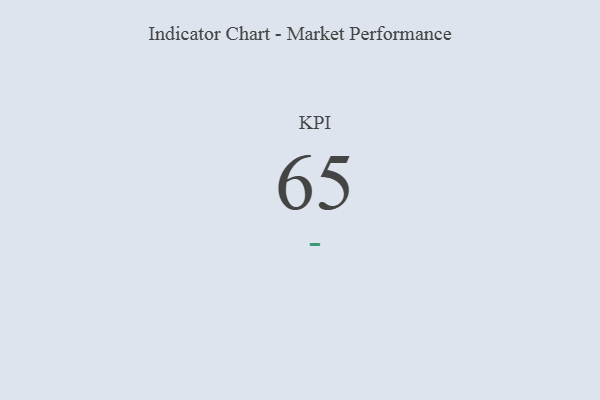
{"axis": {"x": "KPI", "y": "Value"}, "legend": [""], "data": [{"x": "KPI", "y": 65, "type": ""}]}